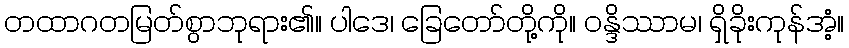
တထာဂတမြတ်စွာဘုရား၏။ ပါဒေ၊ ခြေတော်တို့ကို။ ဝန္ဒိဿာမ၊ ရှိခိုးကုန်အံ့။